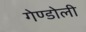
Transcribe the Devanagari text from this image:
गेण्डोली